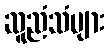
ဆူညံသံများ